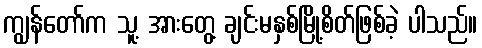
ကျွန်တော်က သူ့ အားတွေ့ ချင်းမနှစ်မြို့စိတ်ဖြစ်ခဲ့ ပါသည်။